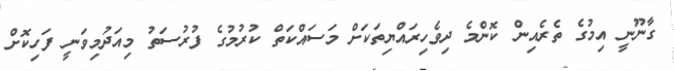
ގާނޫނީ އިމުގެ ތެރެއިން ކޮންމެ ދިވެހިރައްޔިތަކަށް މަސައްކަތް ކުރުމުގެ ފުރުސަތު މިއަދުމިވަނީ ފަހިކޮށް